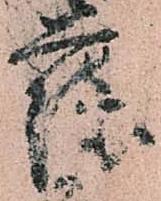
薩